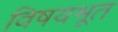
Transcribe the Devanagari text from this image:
विषयभूत